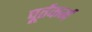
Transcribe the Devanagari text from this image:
पूर्तकर्म